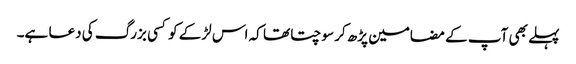
پہلے بھی آپ کے مضامین پڑھ کر سوچتا تھا کہ اس لڑکے کو کسی بزرگ کی دعا ہے۔